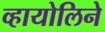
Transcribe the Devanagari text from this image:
व्हायोलिने